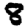
Digit: 8